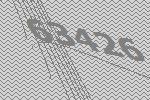
63426